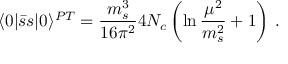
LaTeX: \langle 0 | \bar { s } s | 0 \rangle ^ { P T } = \frac { m _ { s } ^ { 3 } } { 1 6 \pi ^ { 2 } } 4 N _ { c } \left( \ln \frac { \mu ^ { 2 } } { m _ { s } ^ { 2 } } + 1 \right) \, .